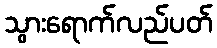
သွားရောက်လည်ပတ်